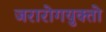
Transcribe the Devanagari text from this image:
जरारोगयुक्तो